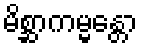
မိစ္ဆာကမ္မန္တော